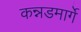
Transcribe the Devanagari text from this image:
कन्नडमार्गे